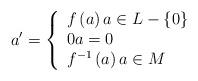
LaTeX: \begin{align*}a^{\prime}=\left\{\begin{array}[c]{l}f\left( a\right) a\in L-\left\{ 0\right\} \\0a=0\\f^{-1}\left( a\right) a\in M\end{array}\right.\end{align*}